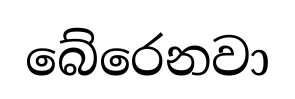
බේරෙනවා